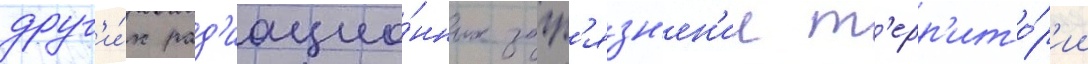
друг'и́х рад'иацио́нных загр'язн'ен'ии т'ерр'ито́р'ии